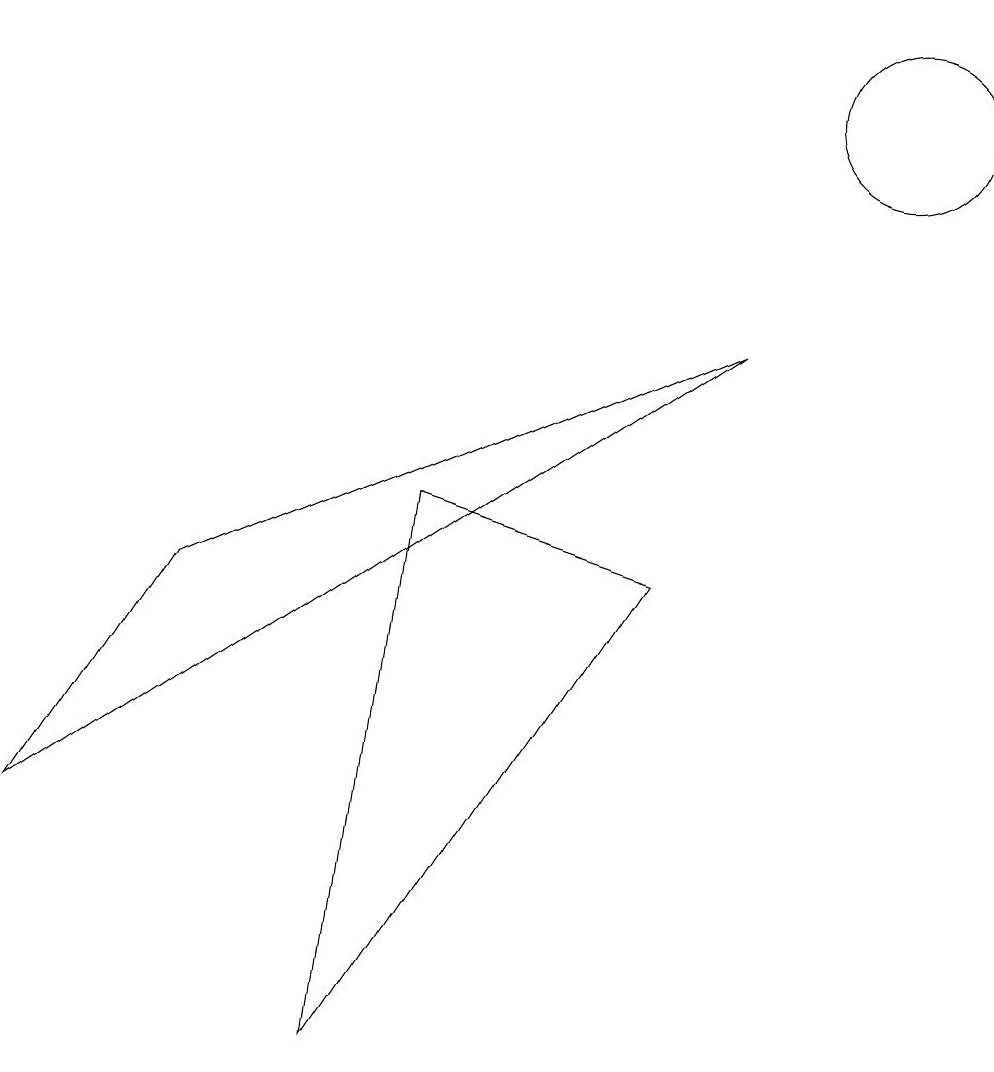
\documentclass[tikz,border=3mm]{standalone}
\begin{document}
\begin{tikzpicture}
\draw (4,0) -- (8,6) -- (5,7) -- cycle;
\draw (0,3) -- (2,6) -- (9,9) -- cycle;
\draw (11,12) circle (1);
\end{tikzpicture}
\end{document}